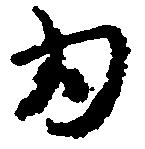
為